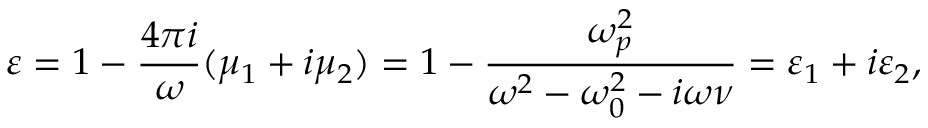
\varepsilon = 1 - \frac { 4 \pi i } { \omega } ( \mu _ { 1 } + i \mu _ { 2 } ) = 1 - \frac { \omega _ { p } ^ { 2 } } { \omega ^ { 2 } - \omega _ { 0 } ^ { 2 } - i \omega \nu } = \varepsilon _ { 1 } + i \varepsilon _ { 2 } ,